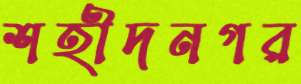
শহীদনগর